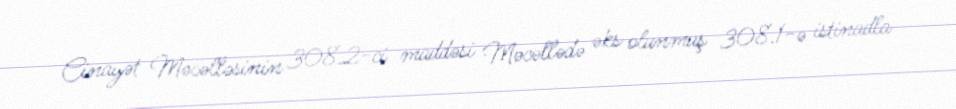
Cinayət Məcəlləsinin 308.2-ci maddəsi Məcəllədə əks olunmuş 308.1-ə istinadla